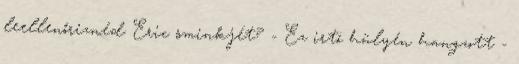
leellenőriznéd Eric sminkjét? - Ez irtó hülyén hangzott -